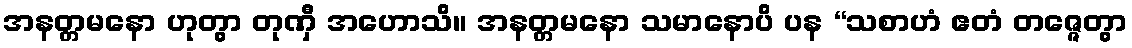
အနတ္တမနော ဟုတွာ တုဏှီ အဟောသိ။ အနတ္တမနော သမာနောပိ ပန “သစာဟံ ဧတံ တဇ္ဇေတွာ